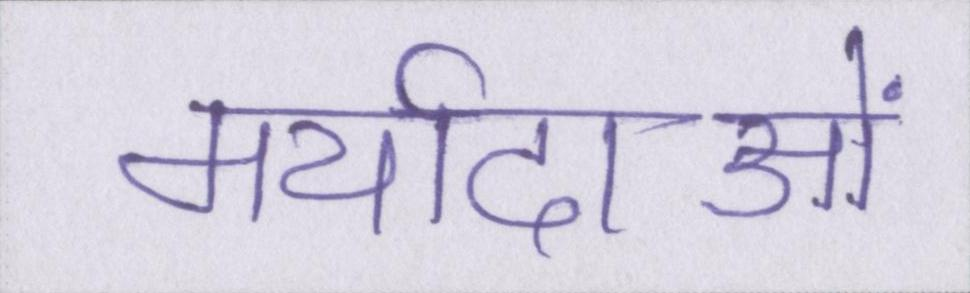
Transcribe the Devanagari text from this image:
मर्यादाओं